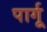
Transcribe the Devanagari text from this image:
पार्गू